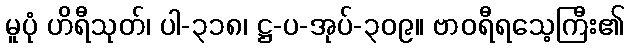
မူပုံ ဟိရီသုတ်၊ ပါ-၃၁၈၊ ဋ္ဌ-ပ-အုပ်-၃၀၉။ ဗာဝရီရသေ့ကြီး၏